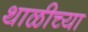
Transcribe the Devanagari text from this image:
थाळीच्या